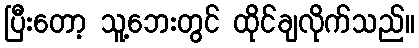
ပြီးတော့ သူ့ဘေးတွင် ထိုင်ချလိုက်သည်။